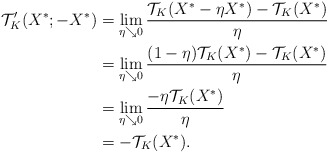
\begin{align*}\mathcal{T}_K'(X^*;-X^*) &=\lim_{\eta\searrow0}\frac{\mathcal{T}_K(X^*-\eta X^*)-\mathcal{T}_K(X^*)}{\eta}\\&=\lim_{\eta\searrow0}\frac{(1-\eta)\mathcal{T}_K(X^*)-\mathcal{T}_K(X^*)}{\eta}\\&=\lim_{\eta\searrow0}\frac{-\eta\mathcal{T}_K(X^*)}{\eta}\\&=-\mathcal{T}_K(X^*).\end{align*}